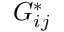
G _ { i j } ^ { * }